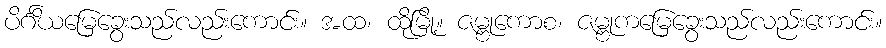
ပိင်္ဂိယမြေခွေးသည်လည်းကောင်း။ အထ၊ ထိုမြို့။ ဇမ္ဗုကောစ၊ ဇမ္ဗုကမြေခွေးသည်လည်းကောင်း။